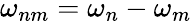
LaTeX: \omega_{nm}=\omega_{n}-\omega_{m}